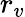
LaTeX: r_{v}